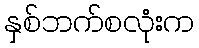
နှစ်ဘက်စလုံးက